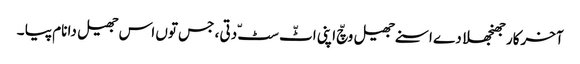
آخرکار جھنجھلا دے اسنے جھیل وچّ اپنی اٹّ سٹّ دتی ، جس توں اس جھیل دا نام پیا ۔